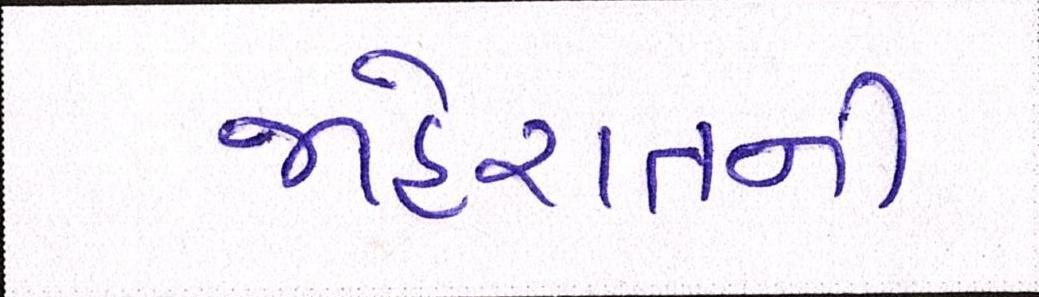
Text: જાહેરાતની